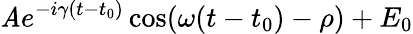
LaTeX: \mathit{A}e^{-i\gamma(t-t_{0})}\cos(\omega(t-t_{0})-\rho)+E_{0}